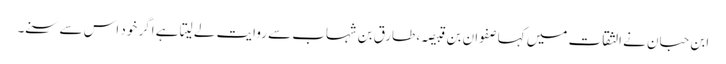
ابن حبان نے الثقات میں کہا صفوان بن قبیصہ، طارق بن شہاب سے روایت لے لیتا ہے اگر خود اس سے سنے۔